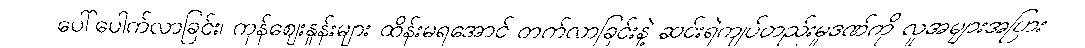
ပေါ်ပေါက်လာခြင်း၊ ကုန်ဈေးနှုန်းများ ထိန်းမရအောင် တက်လာခြင်းနဲ့ ဆင်းရဲကျပ်တည်းမှုဒဏ်ကို လူအများအပြား